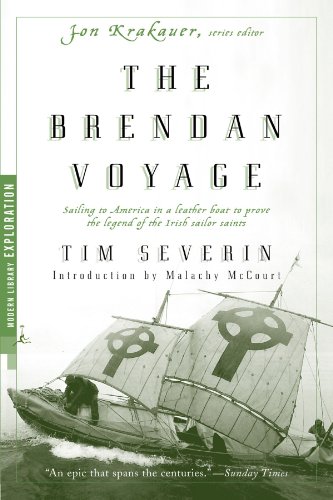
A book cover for The Brendan Voyage (Modern Library Exploration); Tim Severin; Travel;